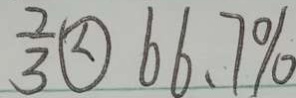
\frac { 2 } { 3 } \textcircled { < } 6 6 . 7 \%